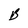
Character: B